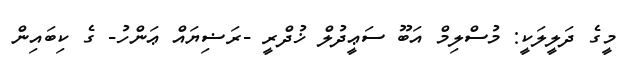
މީގެ ދަލީލަކީ: މުސްލިމް އަބޫ ސަޢީދުލް ޚުދްރީ -ރަޟިޔައް ޢަންހު- ގެ ކިބައިން